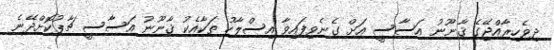
ދިވެހިރާއްޖޭގެ ޤާނޫނު އަސާސީ އަށް ގެނެވިފައިވާ އިސްލާހު ތަކާއެކު ޤާނޫނު އަސާސީ ޗާޕުކޮށްދޭނެ